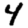
Digit: 4